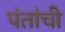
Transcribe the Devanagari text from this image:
पंतांची